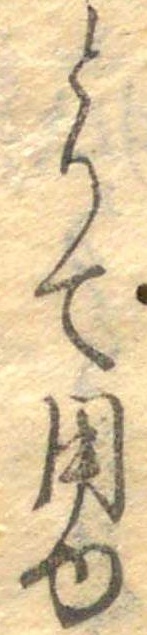
とりて用ゆ